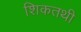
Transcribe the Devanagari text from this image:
शिकतथी